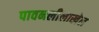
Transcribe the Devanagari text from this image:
पावनलीलाखेल